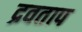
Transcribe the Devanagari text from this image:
द्रवताप